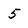
Character: 5